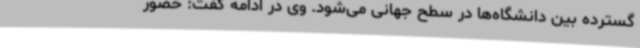
گسترده بین دانشگاه‌ها در سطح جهانی می‌شود. وی در ادامه گفت: حضور